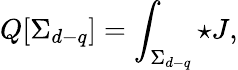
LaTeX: Q[\Sigma_{d-q}]=\int_{\Sigma_{d-q}}{\star J},